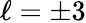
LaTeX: \ell=\pm 3